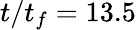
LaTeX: t/t_{f}=13.5